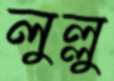
লুল্লু